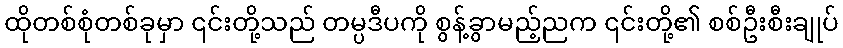
ထိုတစ်စုံတစ်ခုမှာ ၎င်းတို့သည် တမ္ပဒီပကို စွန့်ခွာမည့်ညက ၎င်းတို့၏ စစ်ဦးစီးချုပ်